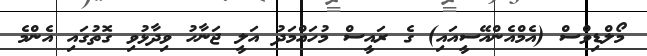
މޯލްޑިވްސް (އެމްއެންއޭސީއައި) ގެ ރައީސް މުހައްމަދު އަލީ ޖަނާހު ވިދާޅުވި ގޮތުގައި އެންމެ